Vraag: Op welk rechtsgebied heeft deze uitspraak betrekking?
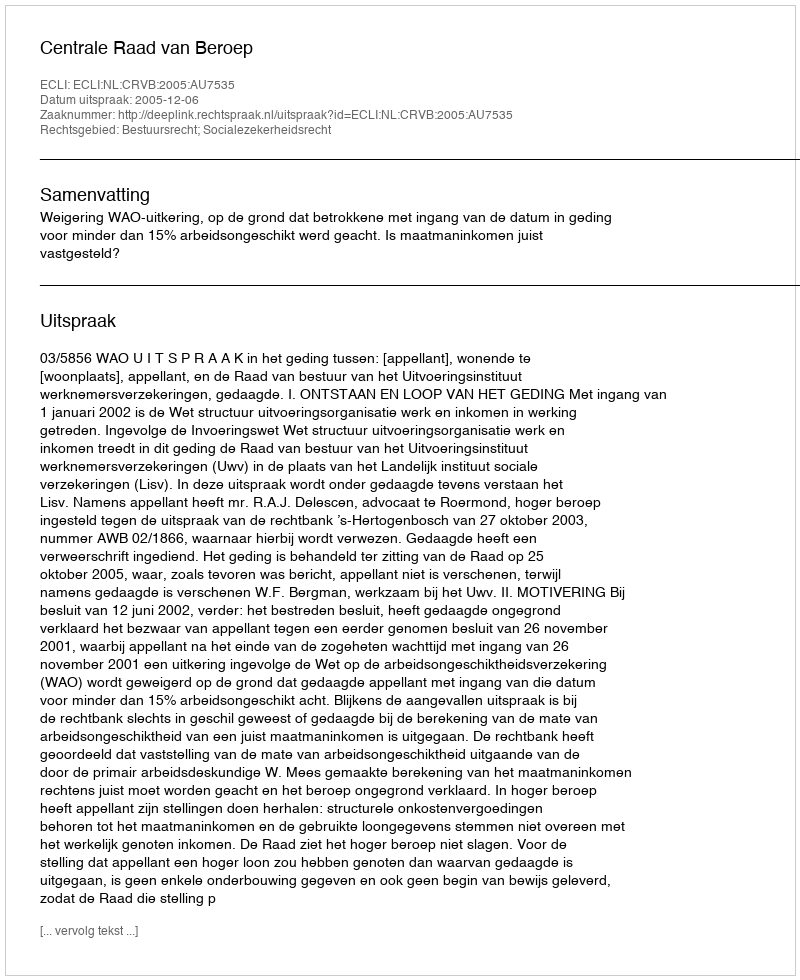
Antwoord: Bestuursrecht; Socialezekerheidsrecht